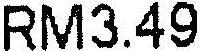
RM3.49